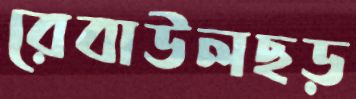
রেবাউলছড়